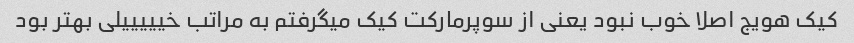
کیک هویج اصلا خوب نبود یعنی از سوپرمارکت کیک میگرفتم به مراتب خیییییلی بهتر بود